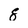
Character: 8